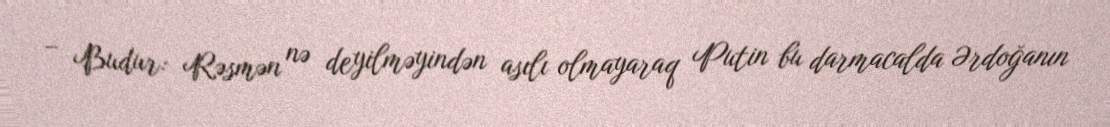
– Budur: Rəsmən nə deyilməyindən asılı olmayaraq Putin bu darmacalda Ərdoğanın